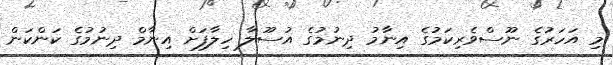
މި އަހަރުގެ ނޫސްވެރިކަމުގެ އިނާމު ދިނުމުގެ އުސޫލާ ހިލާފަށް އިނާމް ދިނުމުގެ ކަންކަން